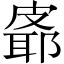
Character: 𪾉